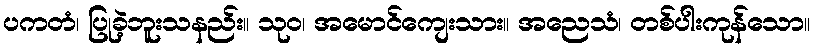
ပကတံ၊ ပြုခဲ့ဘူးသနည်း။ သုဝ၊ အမောင်ကျေးသား။ အညေသံ၊ တစ်ပါးကုန်သော။